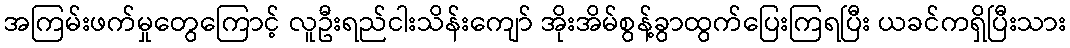
အကြမ်းဖက်မှုတွေကြောင့် လူဦးရည်ငါးသိန်းကျော် အိုးအိမ်စွန့်ခွာထွက်ပြေးကြရပြီး ယခင်ကရှိပြီးသား